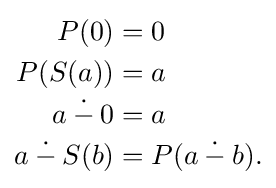
{\begin{aligned}P(0)&=0\\P(S(a))&=a\\a\mathbin {\dot {-}} 0&=a\\a\mathbin {\dot {-}} S(b)&=P(a\mathbin {\dot {-}} b).\end{aligned}}